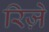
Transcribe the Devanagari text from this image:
रिज़े